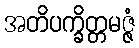
အတိပက္ခိတ္တမဇ္ဇံ